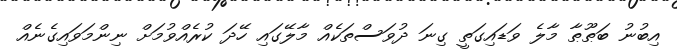
އިބުނު ބަޠޫޠާ މާލެ ވަޑައިގަތީ ގިނަ ދުވަސްތަކެއް މާލޭގައި ހޭދަ ކުރެއްވުމަށް ނިންމަވައިގެނެއް